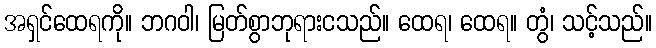
အရှင်ထေရကို။ ဘဂဝါ၊ မြတ်စွာဘုရားငသည်။ ထေရ၊ ထေရ။ တွံ၊ သင့်သည်။